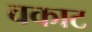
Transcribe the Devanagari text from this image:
वकाट